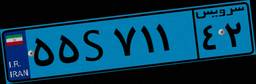
۳۷S۵۴۵۷۷